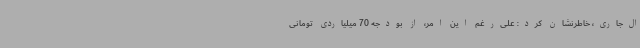
ال‌جاری، خاطرنشان کرد: علی‌رغم این امر، از بودجه 70 میلیاردی تومانی